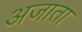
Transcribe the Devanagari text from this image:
अजाता